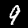
Digit: 9